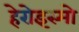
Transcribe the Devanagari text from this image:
हेरोइस्मो